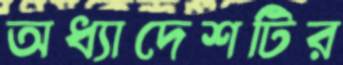
অধ্যাদেশটির